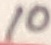
Text: 10